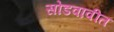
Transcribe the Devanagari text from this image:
सोडवावीत